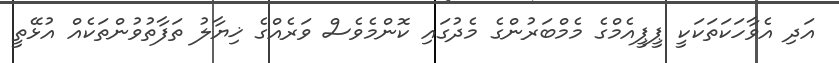
އަދި އެވާހަކަތަކަކީ ޕީޕީއެމްގެ މެމްބަރުންގެ މެދުގައި ކޮންމެވެސް ވަރެއްގެ ޚިޔާލު ތަފާތުވުންތަކެއް އުޅޭތީ